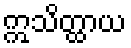
ဣသိတ္ထာယ